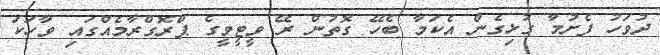
ދުވަހު ފެށުމާ ގުޅިގެން އެކަމާ ބެހޭ ގޮތުން ރޭ ވީޓީވީގެ ޕްރޮގްރާމެއްގައި ވާހަކަ